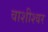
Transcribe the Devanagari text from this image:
वाशीश्वर